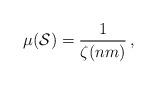
LaTeX: \begin{align*}\mu(\mathcal{S})=\frac{1}{\zeta(nm)}\,,\end{align*}